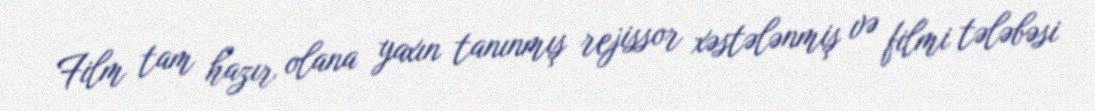
Film tam hazır olana yaxın tanınmış rejissor xəstələnmiş və filmi tələbəsi